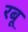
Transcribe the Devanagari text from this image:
रबू